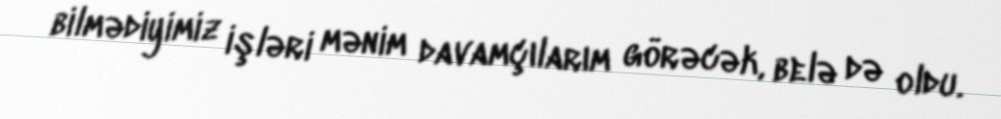
bilmədiyimiz işləri mənim davamçılarım görəcək, belə də oldu.